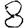
Digit: 8